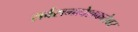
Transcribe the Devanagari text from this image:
सर्वसमावेशकतेवर